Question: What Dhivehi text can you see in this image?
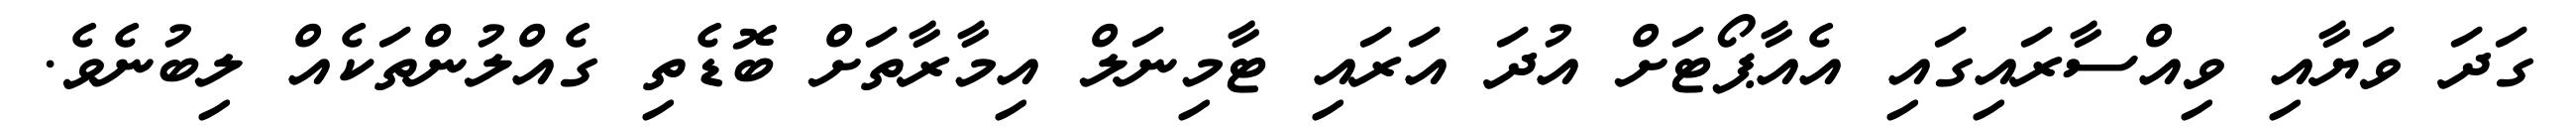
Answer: ގަދަ ވަޔާއި ވިއްސާރައިގައި އެއާޕޯޓަށް އުދަ އަރައި ޓާމިނަލް އިމާރާތަށް ބޮޑެތި ގެއްލުންތަކެއް ލިބުނެވެ.